Medical and sanitary report of the native army of Bengal for the year
Year: 1877
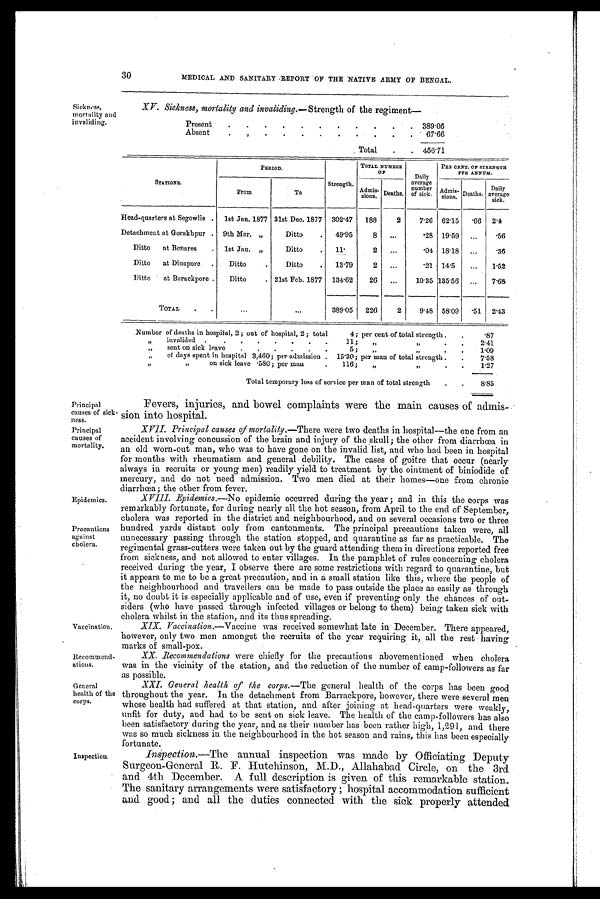
Principal
causes of sick-
ness.
Principal
causes of
mortality.
Epidemics.
Precautions
against
cholera.
Recommend-
ations.
General
health of the
corps.
30
MEDICAL AND SANITARY REPORT OF THE NATIVE ARMY OF BENGAL.
Sickness,
mortality and
invaliding.
XV. Sickness, mortality and invaliding.— Strength of the regiment
Present
.
.
.
.
.
.
.
.
.
.
. 389.05
Absent
.
. .
.
.
.
.
. .
.
.
6 7 . 6 6
Total
.
. 456.71
STATIONS.
PERIOD.
Strength.
TOTAL NUMBER
OF
Daily
average
number
of sick.
PER CENT. OF STRENGTH
PER ANNUM.
From
To
A d m i s - s i o n s Deaths.
Admis-sions. Deaths.
Daily
average
sick.
Head-quarters at Segowlie . 1st Jan. 1877 31st Dec. 1877 302.47 188
2
7.26 62.15
. 6 6 2.4
Detachment at Gorakhpur . 9th Mar. "
Ditto
. 49.95
8 ...
.28 19.59 ...
. 56
Ditto at Benares
. 1st Jan. "
Ditto
. 11.
2
. . .
.04 18.18 ...
. 36
Ditto at Dinapore .
Ditto
.
Ditto
. 13.79
2
. . .
.21 14.5
...
1.52
Ditto at Barackpore .
Ditto
. 21st Feb. 1877 134.62
26 ...
10.35 135.56
7.68
TOTAL
.
. . .
...
389.05 226
2 9.48 58.09
. 5 1 2.43
Number of deaths in hospital, 2 ; out of hospital, 2; total
4; per cent of total strength .
.
.87
" invalided .
.
. .
.
. .
.
11;
,,
.
.
2.41
" sent on sick leave
.
.
.
.
.
.
5;
„
„
. .
1.09
" of days spent in hospital 3,460; per admission . 15.30; per man of total strength .
.
7.58
"
" on sick leave .580; per man
.
116;
,,
.
.
1.27
Total temporary loss of service per man of total strength
.
. 8.85
Vaccination.
Inspection.
Fevers, injuries, and bowel complaints were the main causes of admis
sion into hospital.
XVII. Principal causes of mortality. —There were two deaths in hospital—the one from an
accident involving concussion of the brain and injury of the skull; the other from diarrhœa in
an old worn-out man, who was to have gone on the invalid list, and who had been in hospital
for months with rheumatism and general debility. The cases of goitre that occur (nearly
always in recruits or young men) readily yield to treatment by the ointment of biniodide of
mercury, and do not need admission. Two men died at their homes—one from chronic
diarrhœa; the other from fever.
XVIII.
Epidemics.—No epidemic occurred during the year; and in this the corps was
remarkably fortunate, for during nearly all the hot season, from April to the end of September,
cholera was reported in the district and neighbourhood, and on several occasions two or three
hundred yards distant only from cantonments. The principal precautions taken were, all
unnecessary passing through the station stopped, and quarantine as far as practicable. The
regimental grass-cutters were taken out by the guard attending them in directions reported free
from sickness, and not allowed to enter villages. In the pamphlet of rules concerning cholera
received during the year, I observe there are some restrictions with regard to quarantine, but
it appears to me to be a great precaution, and in a small station like this, where the people of
the neighbourhood and travellers can be made to pass outside the place as easily as through
it, no doubt it is especially applicable and of use, even if preventing only the chances of out-
siders (who have passed through infected villages or belong to them) being taken sick with
cholera whilst in the station, and its thus spreading.
XIX. Vaccination. —Vaccine was received somewhat late in December. There appeared,
however, only two men amongst the recruits of the year requiring it, all the rest having
marks of small-pox.
XX. Recommendations were chiefly for the precautions abovementioned when cholera
was in the vicinity of the station, and the reduction of the number of camp-followers as far
as possible.
XXI. General health of the corps. —The general health of the corps has been good
throughout the year. In the detachment from Barrackpore, however, there were several men
whose health had suffered at that station, and after joining at head-quarters were weakly,
unfit for duty, and had to be sent on sick leave. The health of the camp-followers has also
been satisfactory during the year, and as their number has been rather high, 1,291, and there
was so much sickness in the neighbourhood in the hot season and rains, this has been especially
fortunate.
Inspection.—The annual inspection was made by Officiating Deputy
Surgeon-General R. F. Hutchinson, M.D., Allahabad Circle, on the 3rd
and 4th December. A full description is given of this remarkable station.
The sanitary arrangements were satisfactory ; hospital accommodation sufficient
and good ; and all the duties connected with the sick properly attended